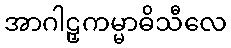
အာဂါဠှကမ္မာဓိသီလေ